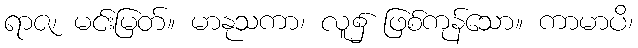
ရာဇ၊ မင်းမြတ်။ မာနုသကာ၊ လူ၌ ဖြစ်ကုန်သော။ ကာမာပိ၊